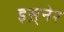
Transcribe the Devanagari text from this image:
इस़्नेर